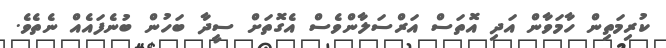
ކުރިމަތިން ހާމަވާން އަދި އޮތަސް އަރްސަލާންވެސް އެގޮތަށް ސީދާ ބަހުން ބުނެފައެއް ނެތެވެ.